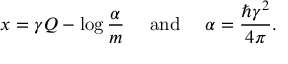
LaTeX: x = \gamma Q - \log \frac { \alpha } { m } ~ ~ ~ ~ \mathrm { a n d } ~ ~ ~ ~ \alpha = \frac { \hbar \gamma ^ { 2 } } { 4 \pi } .